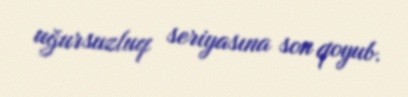
uğursuzluq seriyasına son qoyub.